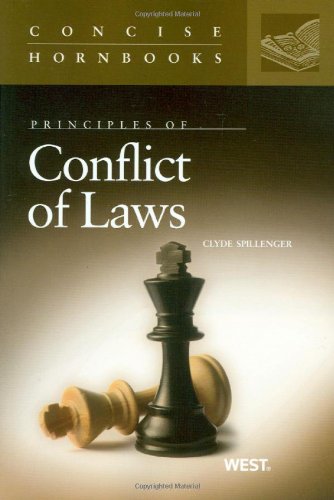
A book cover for Conflict of Laws (Concise Hornbook Series); Clyde Spillenger; Law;